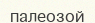
палеозой